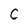
Character: C